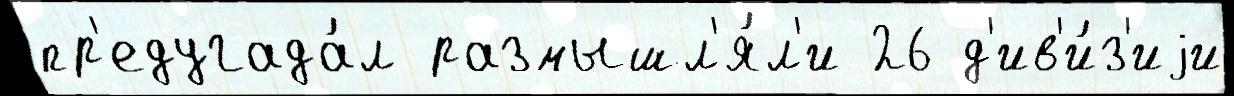
пр'едугада́л размышл'я́л'и 26 д'ив'и́з'иjи